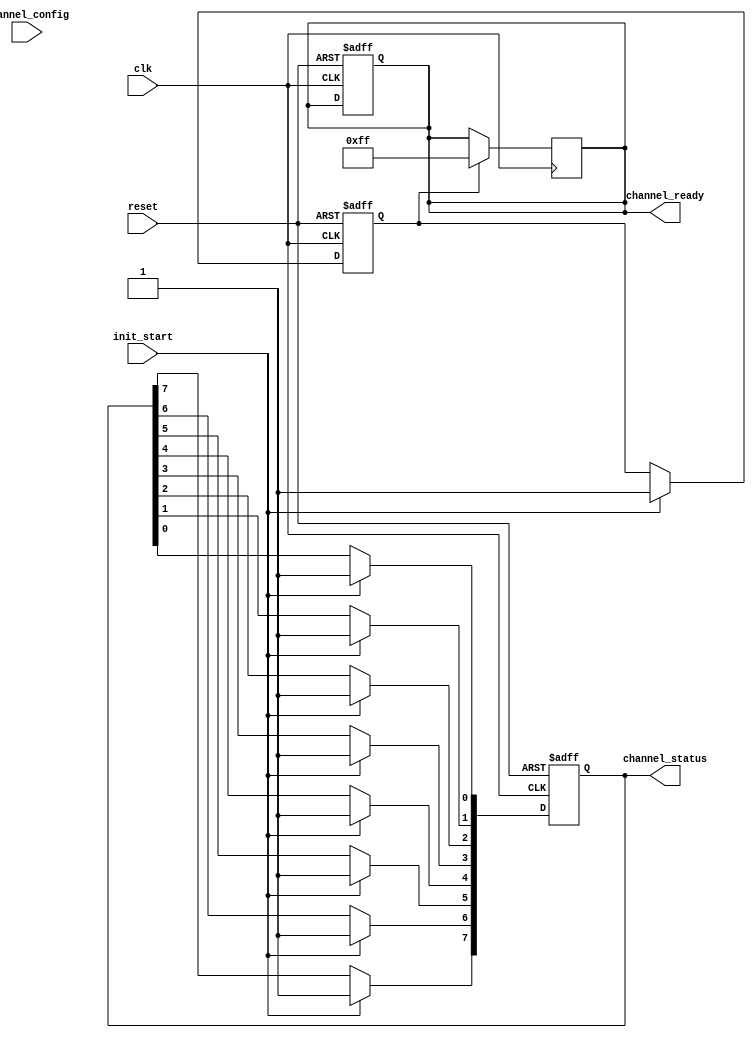
module multi_channel_init #(
    parameter NUM_CHANNELS = 8 // Define number of channels
)(
    input wire clk,
    input wire reset,
    input wire init_start,
    input wire [NUM_CHANNELS*8-1:0] channel_config, // Assuming each channel has 8 bits of config
    output reg [NUM_CHANNELS-1:0] channel_ready,
    output reg [NUM_CHANNELS-1:0] channel_status
);

    // Internal signals
    reg [NUM_CHANNELS-1:0] current_state; // Current state of each channel
    reg init_done;
    reg [NUM_CHANNELS*8-1:0] channel_data; // Temporary storage for channel configurations
    integer i;

    // State Definitions
    localparam UNINITIALIZED = 1'b0;
    localparam INITIALIZED   = 1'b1;

    // Asynchronous reset
    always @(posedge clk or posedge reset) begin
        if (reset) begin
            channel_ready <= {NUM_CHANNELS{1'b0}};
            channel_status <= {NUM_CHANNELS{1'b0}};
            current_state <= {NUM_CHANNELS{UNINITIALIZED}};
            init_done <= 1'b0;
        end else if (init_start) begin
            // Begin initialization
            for (i = 0; i < NUM_CHANNELS; i = i + 1) begin
                channel_data[i*8 +: 8] <= channel_config[i*8 +: 8]; // Load channel config
                current_state[i] <= INITIALIZED; // Set channel state to initialized
                channel_status[i] <= INITIALIZED; // Update status to initialized
            end
            init_done <= 1'b1; // Set init_done flag
        end
    end

    // Update channel_ready and check if all channels are ready
    always @(posedge clk) begin
        if (init_done) begin
            channel_ready <= {NUM_CHANNELS{1'b1}}; // Set all channels ready
        end
    end

endmodule